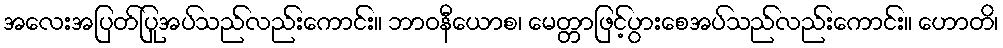
အလေးအပြတ်ပြုအပ်သည်လည်းကောင်း။ ဘာဝနီယောစ၊ မေတ္တာဖြင့်ပွားစေအပ်သည်လည်းကောင်း။ ဟောတိ၊